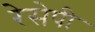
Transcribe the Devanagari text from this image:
रेसेपी